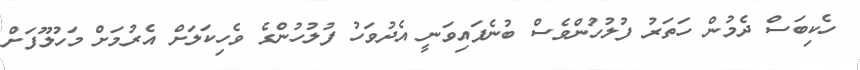
ހެކިބަސް ދެމުން ހަތަރު ފުލުހުންވެސް ބުނެފައިވަނީ އެދުވަހު ފުލުހުންގެ ވެހިކަލަށް އެރުމަށް މަހުލޫފަށް